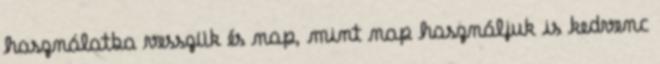
használatba vesszük és nap, mint nap használjuk is kedvenc